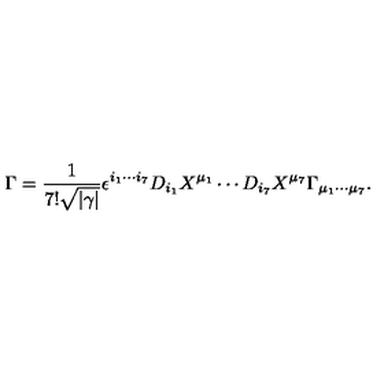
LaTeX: \Gamma = { \frac { 1 } { 7 ! \sqrt { | \gamma | } } } \epsilon ^ { i _ { 1 } \cdots i _ { 7 } } D _ { i _ { 1 } } X ^ { \mu _ { 1 } } \cdots D _ { i _ { 7 } } X ^ { \mu _ { 7 } } \Gamma _ { \mu _ { 1 } \cdots \mu _ { 7 } } .